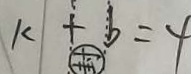
k + b = 4